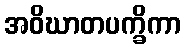
အဝိဃာတပက္ခိကာ